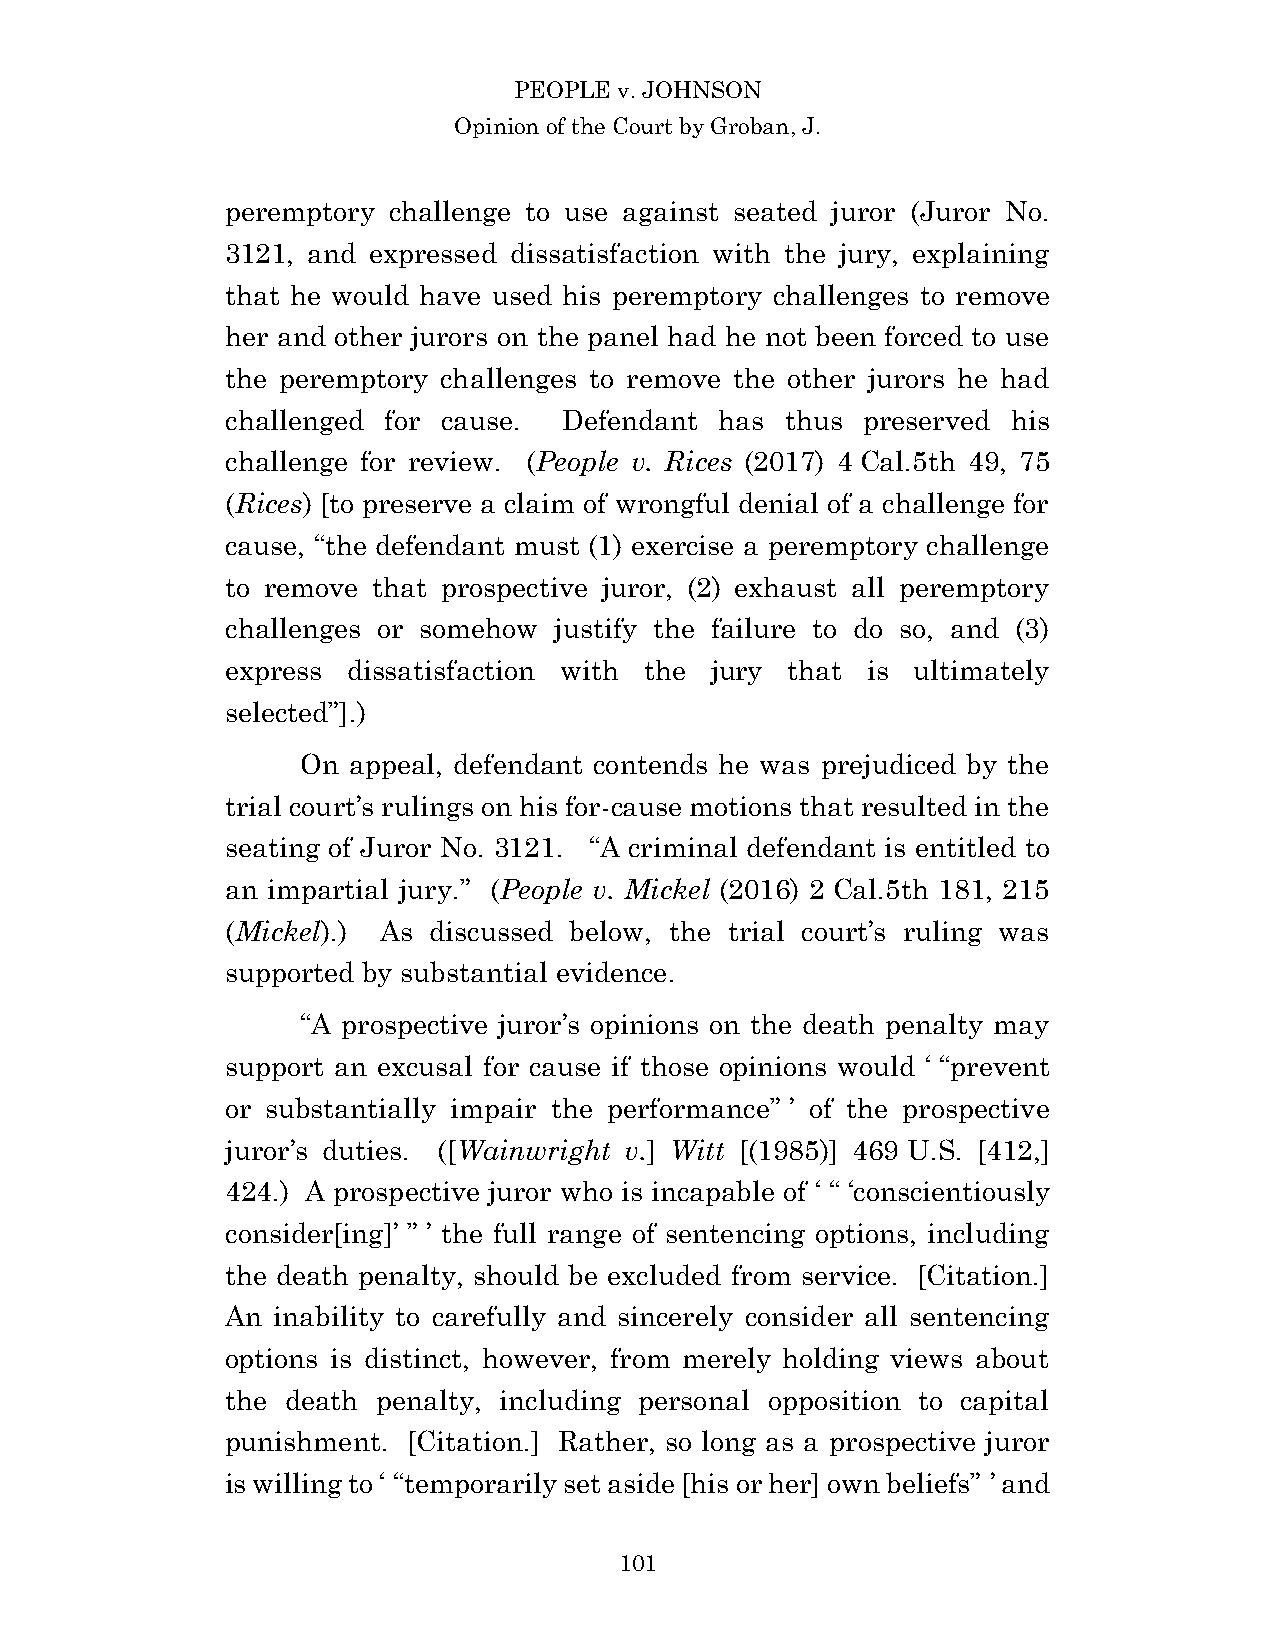
PEOPLE v. JOHNSON
 Opinion of the Court by Groban, J.
 peremptory challenge to use against seated juror (Juror No.
 3121, and expressed dissatisfaction with the jury, explaining
 that he would have used his peremptory challenges to remove
 her and other jurors on the panel had he not been forced to use
 the peremptory challenges to remove the other jurors he had
 challenged for cause. Defendant  has thus preserved his
 challenge for review. (People v. Rices (2017) 4 Cal.5th 49, 75
 (Rices) [to preserve a claim of wrongful denial of a challenge for
 cause, “the defendant must (1) exercise a peremptory challenge
 to remove that prospective juror, (2) exhaust all peremptory
 challenges or somehow justify the failure to do so, and (3)
 express dissatisfaction with the jury that is ultimately
 selected”].)
 On appeal, defendant contends he was prejudiced by the
 trial court’s rulings on his for-cause motions that resulted in the
 seating of Juror No. 3121. “A criminal defendant is entitled to
 an impartial jury.” (People v. Mickel (2016) 2 Cal.5th 181, 215
 (Mickel).) As discussed below, the trial court’s ruling was
 supported by substantial evidence.
 “A prospective juror’s opinions on the death penalty may
 support an excusal for cause if those opinions would ‘ “prevent
 or substantially impair the performance” ’ of the prospective
 juror’s duties. ([Wainwright v.] Witt [(1985)] 469 U.S. [412,]
 424.) A prospective juror who is incapable of ‘ “ ‘conscientiously
 consider[ing]’ ” ’ the full range of sentencing options, including
 the death penalty, should be excluded from service. [Citation.]
 An inability to carefully and sincerely consider all sentencing
 options is distinct, however, from merely holding views about
 the death penalty, including personal opposition to capital
 punishment. [Citation.] Rather, so long as a prospective juror
 is willing to ‘ “temporarily set aside [his or her] own beliefs” ’ and
 10 1